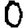
Digit: 0